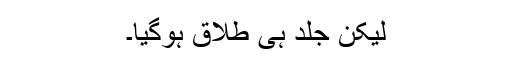
لیکن جلد ہی طلاق ہوگیا۔